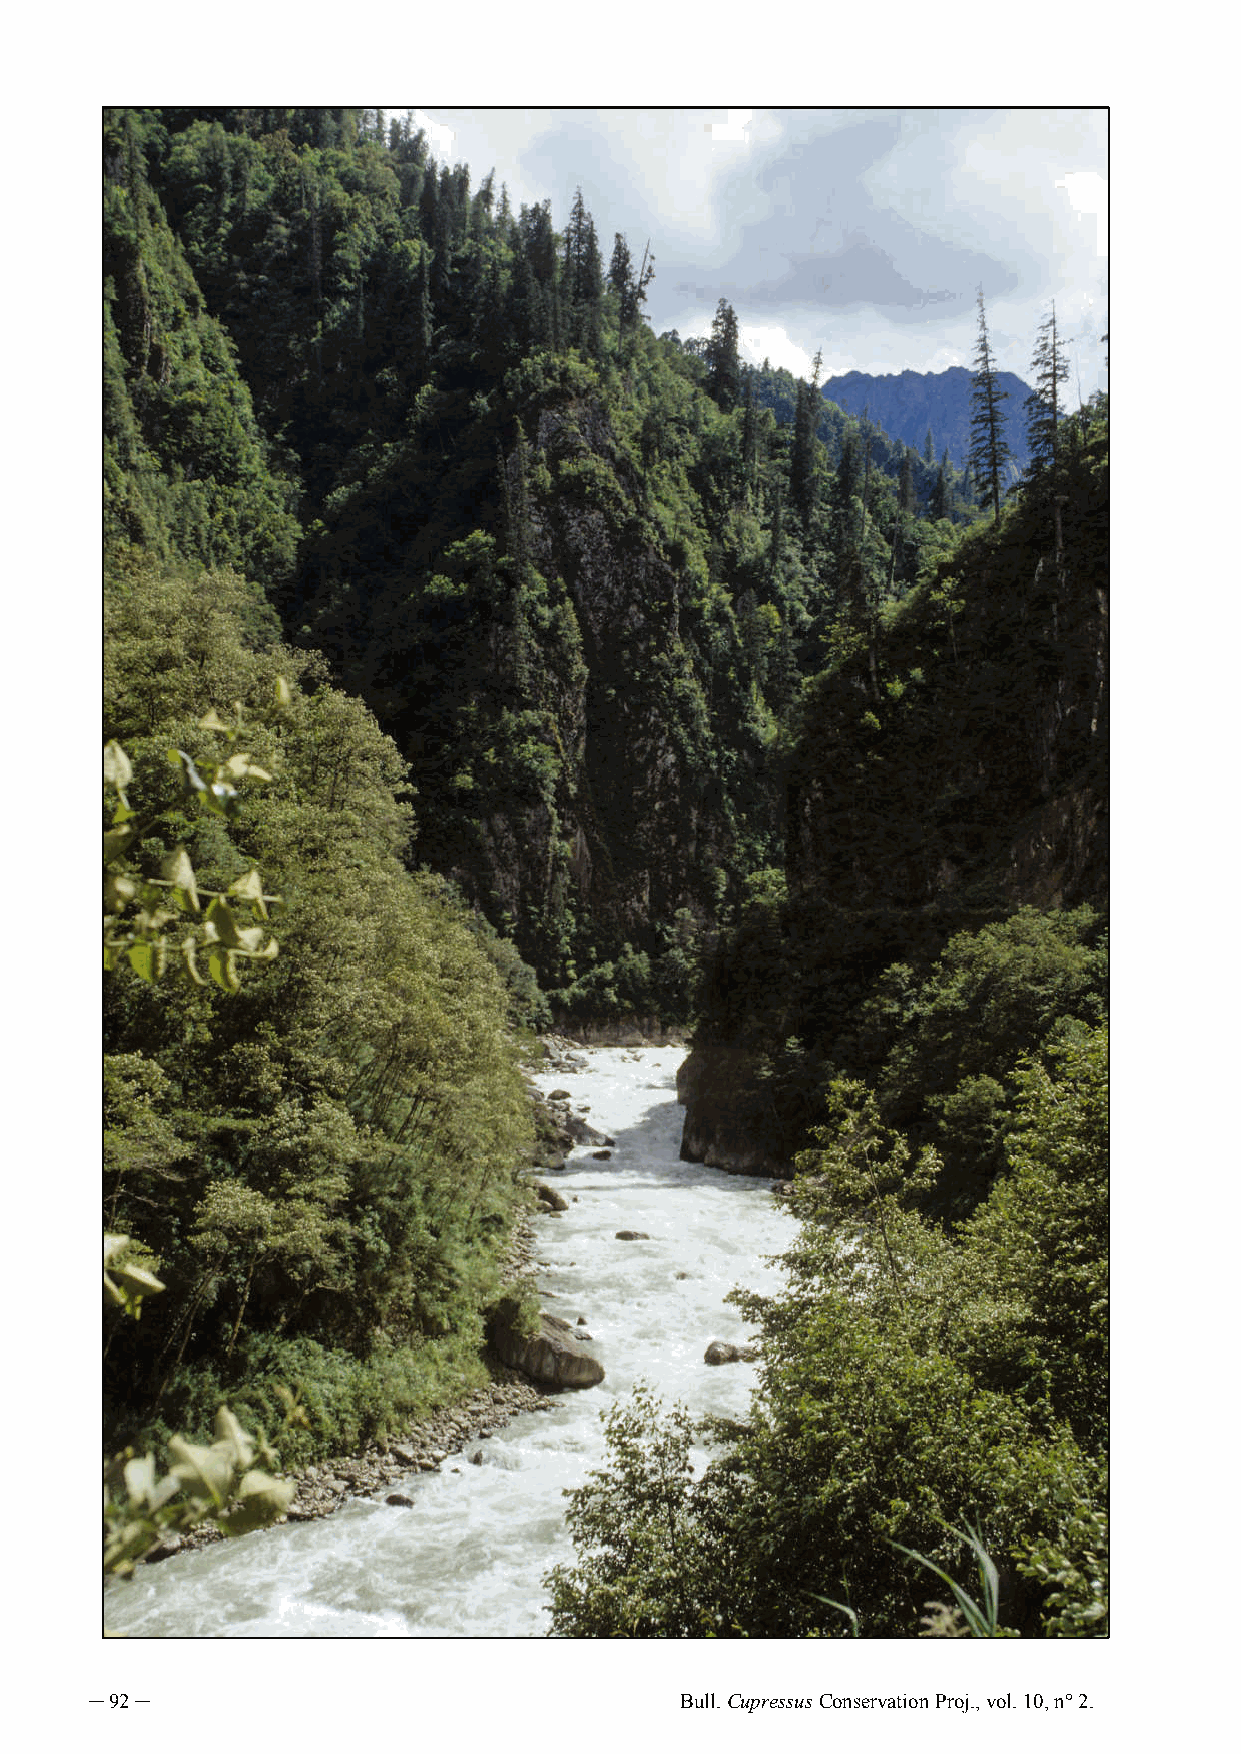
─ 92 ─                                 Bull. Cupressus Conservation Proj., vol. 10, n° 2.